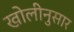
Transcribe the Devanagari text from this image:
खोलीनुसार